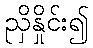
ညှိနှိုင်း၍